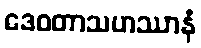
ဒေဝတာသဟဿာနံ